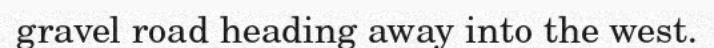
gravel road heading away into the west.